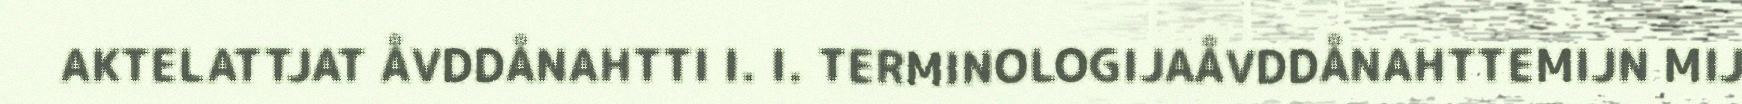
AKTELATTJAT ÅVDDÅNAHTTI I. I. TERMINOLOGIJAÅVDDÅNAHTTEMIJN MIJ